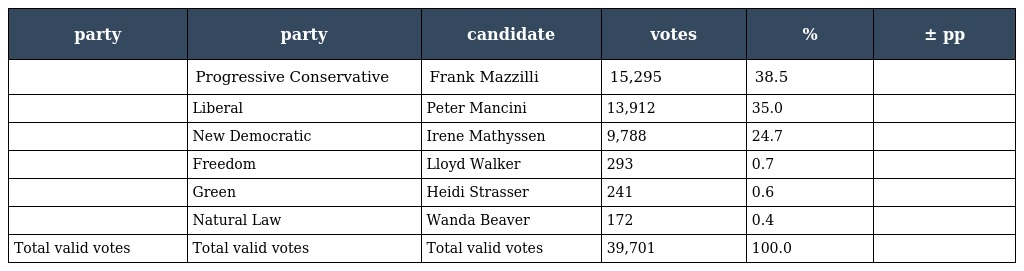
| party | party | candidate | votes | % | ± pp |
 | --- | --- | --- | --- | --- | --- |
 |  | Progressive Conservative | Frank Mazzilli | 15,295 | 38.5 |  |
 |  | Liberal | Peter Mancini | 13,912 | 35.0 |  |
 |  | New Democratic | Irene Mathyssen | 9,788 | 24.7 |  |
 |  | Freedom | Lloyd Walker | 293 | 0.7 |  |
 |  | Green | Heidi Strasser | 241 | 0.6 |  |
 |  | Natural Law | Wanda Beaver | 172 | 0.4 |  |
 | Total valid votes | Total valid votes | Total valid votes | 39,701 | 100.0 |  |